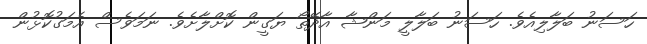
ހަސަނު ބަލާލިއެވެ. ހަސަނު ބަލާލީ މަންޝާ އާދޭތޯ ޔަގީން ކޮށްލާށެވެ. ނަމަވެސް އެމަގުކޮޅުން